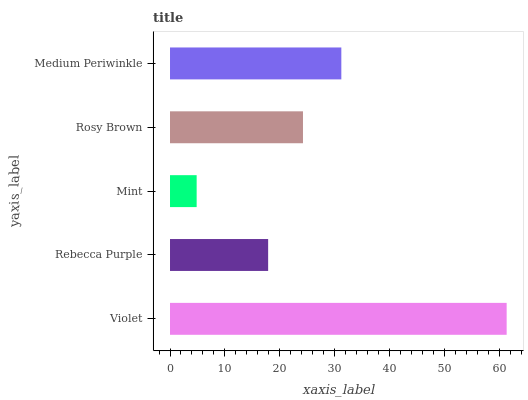
| yaxis_label | bars |
 | --- | --- |
 | Violet | 61.2 |
 | Rebecca Purple | 17.9 |
 | Mint | 4.85 |
 | Rosy Brown | 24.2 |
 | Medium Periwinkle | 31.2 |